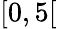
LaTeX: [0,5[